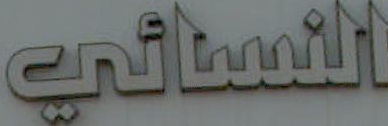
النسائي